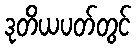
ဒုတိယပတ်တွင်